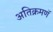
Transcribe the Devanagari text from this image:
अतिक्रमणॅ